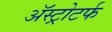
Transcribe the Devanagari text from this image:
ॲस्ट्रोटर्फ